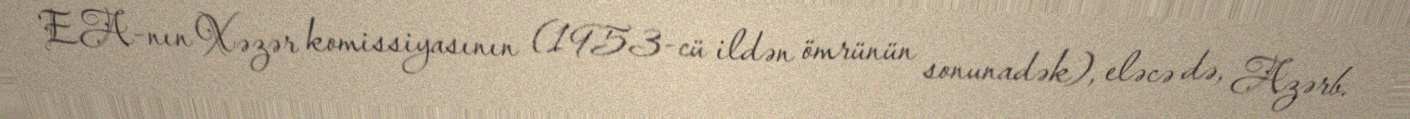
EA-nın Xəzər komissiyasının (1953-cü ildən ömrünün sonunadək), eləcə də, Azərb.